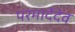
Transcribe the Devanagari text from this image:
परमार्देदेव